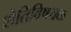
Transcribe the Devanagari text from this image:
शेतिविषयक